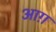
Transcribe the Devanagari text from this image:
आग़